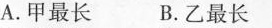
A.甲最长 B.乙最长